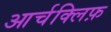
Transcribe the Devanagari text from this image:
आर्चक्लिफ़